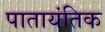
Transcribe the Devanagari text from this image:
पातायंतिक